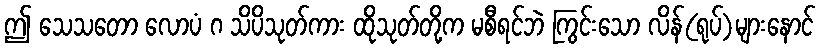
ဤ သေသတော လောပံ ဂ သိပိသုတ်ကား ထိုသုတ်တို့က မစီရင်ဘဲ ကြွင်းသော လိန်(ရုပ်)များနောင်